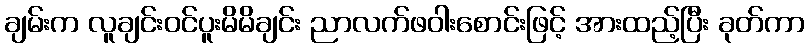
ချမ်းက လူချင်းဝင်ပူးမိမိချင်း ညာလက်ဖဝါးစောင်းဖြင့် အားထည့်ပြီး ခုတ်ကာ